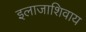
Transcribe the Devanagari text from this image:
इलाजाशिवाय